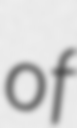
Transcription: of